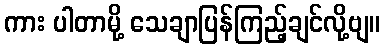
ကား ပါတာမို့ သေချာပြန်ကြည့်ချင်လို့ဗျ။